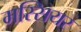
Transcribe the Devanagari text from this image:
मस्सियर